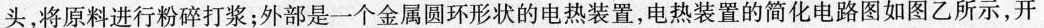
头，将原料进行粉碎打浆；外部是一个金属圆环形状的电热装置，电热装置的简化电路图如图乙所示，开